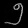
Digit: ၅